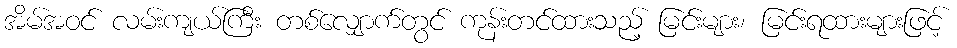
အိမ်အဝင် လမ်းကျယ်ကြီး တစ်လျှောက်တွင် ကုန်းတင်ထားသည့် မြင်းများ၊ မြင်းရထားများဖြင့်